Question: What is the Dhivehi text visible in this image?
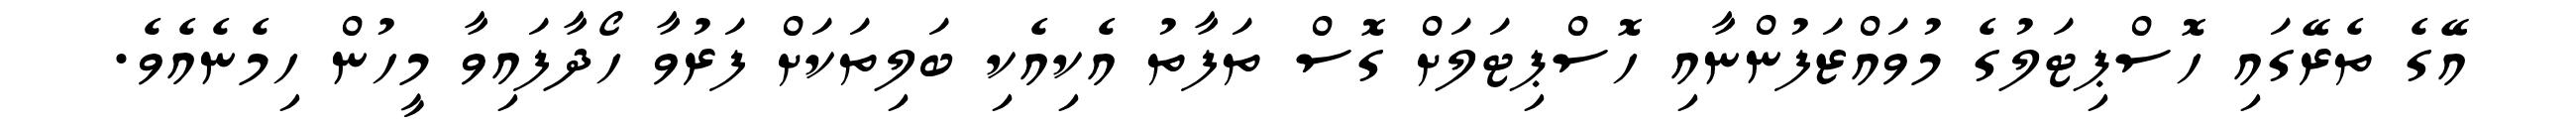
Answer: އޭގެ ތެރޭގައި ހޮސްޕިޓަލުގެ މުވައްޒަފުންނާއި ހޮސްޕިޓަލަށް ގޮސް ތަފާތު އެކިއެކި ބަލިތަކަށް ފަރުވާ ހޯދާފައިވާ މީހުން ހިމެނެއެވެ.